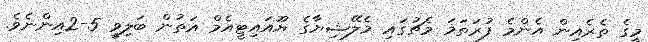
މީގެ ތެރެއިން އެންމެ ފުރަތަމަ މެޗުގައި މެލޭޝިޔާގެ ޔޫއައިޓީއެމް އަތުން ބަލިވީ 5-2އިންނެވެ.